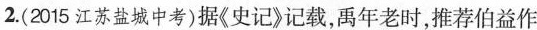
2.(2015江苏盐城中考)据《史记》记载，禹年老时，推荐伯益作